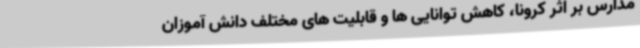
مدارس بر اثر کرونا، کاهش توانایی ها و قابلیت های مختلف دانش آموزان